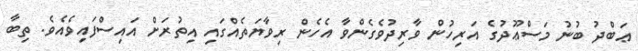
ޢަބްދު ބުނު މަސްޢޫދުގެ އަރިހުން ވާރިދުވެގެންވާ އެހެން ރިވާޔަތެއްގައި އިތުރަށް އައިސްފައިވެއެވެ. ތިބާ